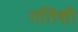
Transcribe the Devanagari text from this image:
गतिशी